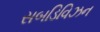
સબડિવિઝન